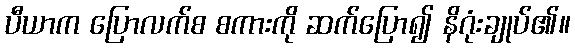
ပီယာက ပြောလက်စ စကားကို ဆက်ပြော၍ နိဂုံးချုပ်၏။